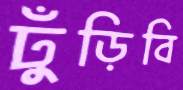
ঢুঁড়িবি